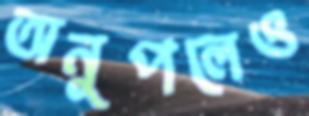
অনুপলেও